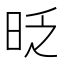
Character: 𣆅